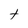
Character: t